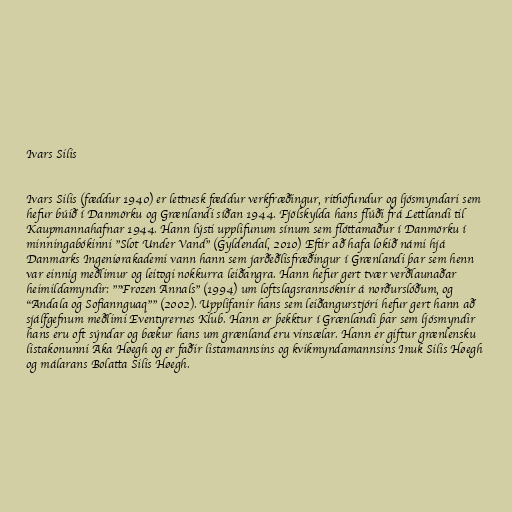
Ivars Silis

Ivars Silis (fæddur 1940) er lettnesk fæddur verkfræðingur, rithöfundur og ljósmyndari sem
hefur búið í Danmörku og Grænlandi síðan 1944. Fjölskylda hans flúði frá Lettlandi til
Kaupmannahafnar 1944. Hann lýsti upplifunum sínum sem flóttamaður í Danmörku í
minningabókinni "Slot Under Vand" (Gyldendal, 2010) Eftir að hafa lokið námi hjá
Danmarks Ingeniørakademi vann hann sem jarðeðlisfræðingur í Grænlandi þar sem henn
var einnig meðlimur og leitogi nokkurra leiðangra. Hann hefur gert tvær verðlaunaðar
heimildamyndir: ""Frozen Annals" (1994) um loftslagsrannsóknir á norðurslóðum, og
"Andala og Sofiannguaq"" (2002). Upplifanir hans sem leiðangurstjóri hefur gert hann að
sjálfgefnum meðlimi Eventyrernes Klub. Hann er þekktur í Grænlandi þar sem ljósmyndir
hans eru oft sýndar og bækur hans um grænland eru vinsælar. Hann er giftur grænlensku
listakonunni Aka Høegh og er faðir listamannsins og kvikmyndamannsins Inuk Silis Høegh
og málarans Bolatta Silis Høegh.